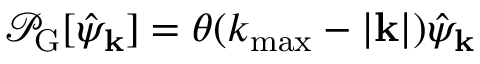
\mathcal { P } _ { \mathrm { G } } [ \hat { \psi } _ { \bf k } ] = \theta ( k _ { \mathrm { m a x } } - \lvert { \bf k } \rvert ) \hat { \psi } _ { \bf k }